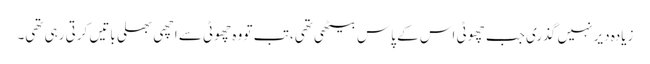
زیادہ دیر نہیں گذری جب چھوٹی اس کے پاس بیٹھی تھی، تب تو وہ چھوٹی سے اچھی بھلی باتیں کرتی رہی تھی۔